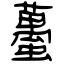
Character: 蠆